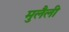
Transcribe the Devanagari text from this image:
मुलैली